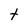
Character: t